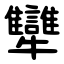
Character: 犫